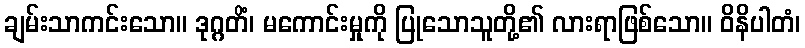
ချမ်းသာကင်းသော။ ဒုဂ္ဂတိံ၊ မကောင်းမှုကို ပြုသောသူတို့၏ လားရာဖြစ်သော။ ဝိနိပါတံ၊